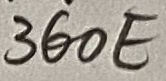
Text: 360EΩ